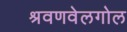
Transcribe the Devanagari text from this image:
श्रवणवेलगोल